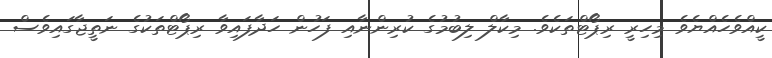
ކީއްވެހެއްޔެވެ މިހިރީ ރިޕޯޓްތަކެވެ. މިކާލް ލިބުމުގެ ކުރިންނާއި ފަހުން ހަދާފައިވާ ރިޕޯޓްތަކުގެ ނަތީޖާގައިވެސް